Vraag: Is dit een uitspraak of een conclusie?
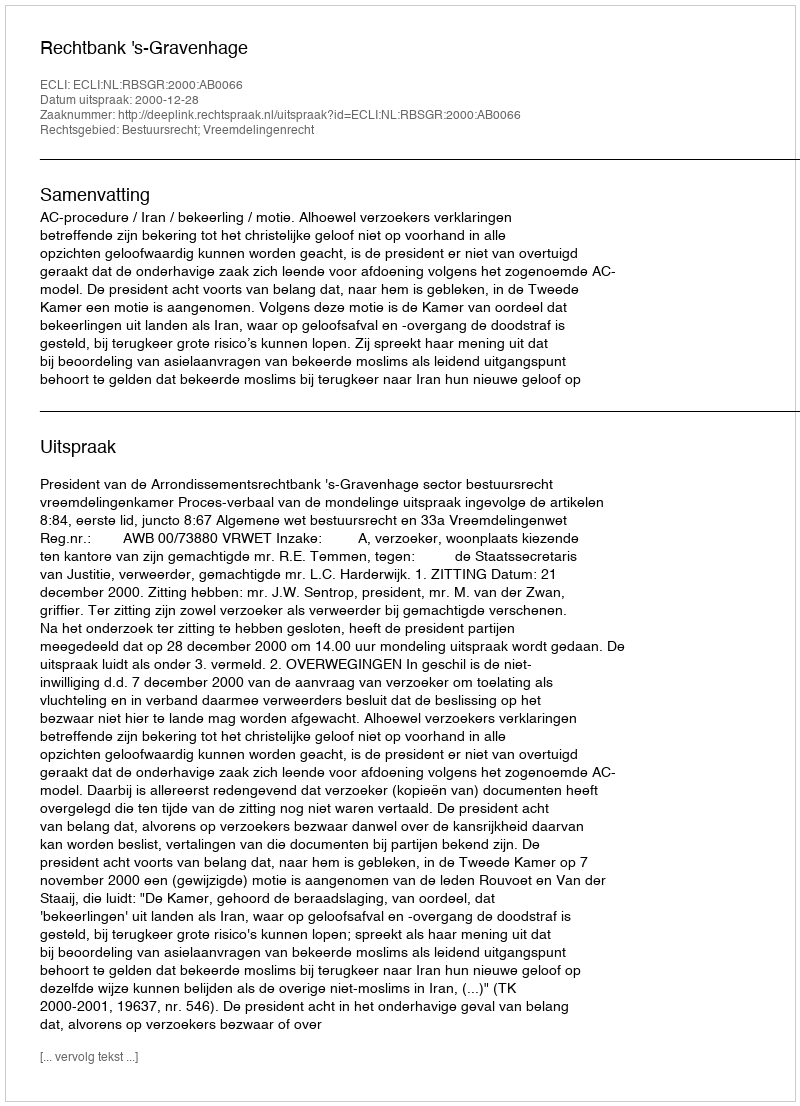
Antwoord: Uitspraak